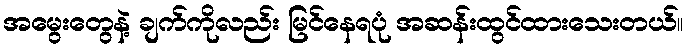
အမွေးတွေနဲ့ ချက်ကိုလည်း မြင်နေရပုံ အဆန်းထွင်ထားသေးတယ်။